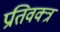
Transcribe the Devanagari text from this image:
प्रतिवक्त्रं